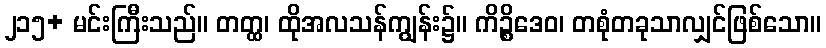
၂၁၅+ မင်းကြီးသည်။ တတ္ထ၊ ထိုအလသန်ကျွန်း၌။ ကိဉ္စိဒေဝ၊ တစုံတခုသာလျှင်ဖြစ်သော။